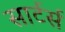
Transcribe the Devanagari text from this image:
सार्टर्स